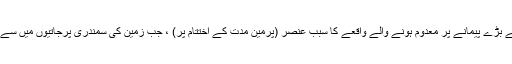
سائبیرین ٹریپ پھٹ پڑے تھے زمین کے سب سے بڑے پیمانے پر معدوم ہونے والے واقعے کا سبب عنصر (پرمین مدت کے اختتام پر) ، جب زمین کی سمندری پرجاتیوں میں سے 96٪ اور دنیاوی زندگی کا 70٪ وجود ختم ہوگیا۔